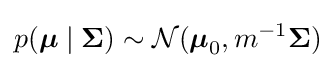
p({\boldsymbol {\mu }}\mid {\boldsymbol {\Sigma }})\sim {\mathcal {N}}({\boldsymbol {\mu }}_{0},m^{-1}{\boldsymbol {\Sigma }})